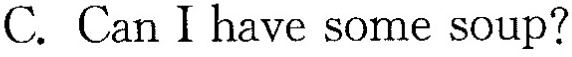
C.Can I have some soup?